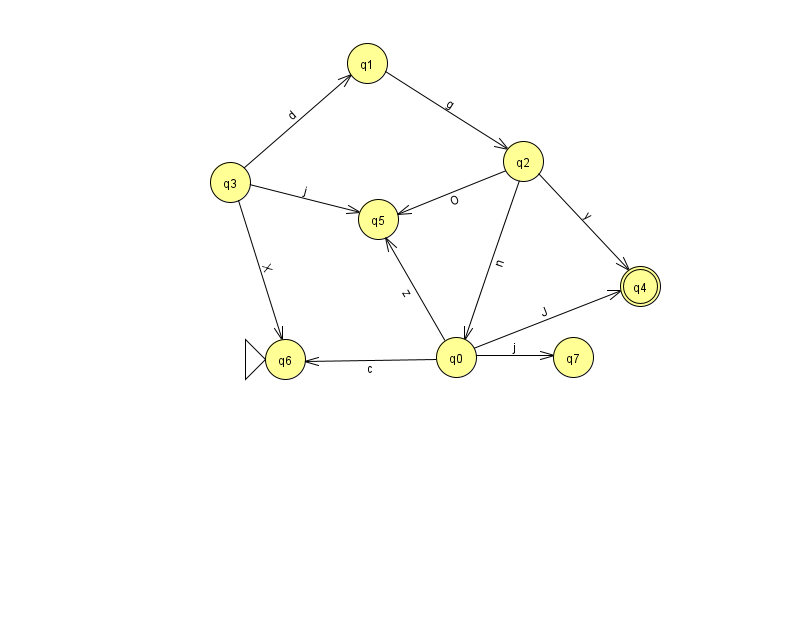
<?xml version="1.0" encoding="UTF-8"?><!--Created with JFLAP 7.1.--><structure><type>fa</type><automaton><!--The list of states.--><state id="0" name="q0"><x>456.0</x><y>344.0</y></state><state id="1" name="q1"><x>367.0</x><y>50.0</y></state><state id="2" name="q2"><x>523.0</x><y>148.0</y></state><state id="3" name="q3"><x>230.0</x><y>169.0</y></state><state id="4" name="q4"><x>640.0</x><y>273.0</y><final/></state><state id="5" name="q5"><x>378.0</x><y>206.0</y></state><state id="6" name="q6"><x>285.0</x><y>346.0</y><initial/></state><state id="7" name="q7"><x>573.0</x><y>344.0</y></state><!--The list of transitions.--><transition><from>2</from><to>5</to><read>O</read></transition><transition><from>0</from><to>5</to><read>z</read></transition><transition><from>1</from><to>2</to><read>g</read></transition><transition><from>0</from><to>7</to><read>j</read></transition><transition><from>3</from><to>5</to><read>j</read></transition><transition><from>0</from><to>6</to><read>c</read></transition><transition><from>3</from><to>1</to><read>d</read></transition><transition><from>0</from><to>4</to><read>J</read></transition><transition><from>2</from><to>0</to><read>n</read></transition><transition><from>3</from><to>6</to><read>X</read></transition><transition><from>2</from><to>4</to><read>y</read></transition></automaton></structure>